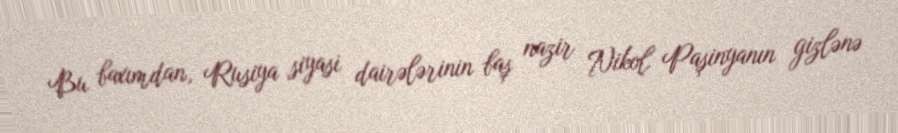
Bu baxımdan, Rusiya siyasi dairələrinin baş nazir Nikol Paşinyanın gizlənə